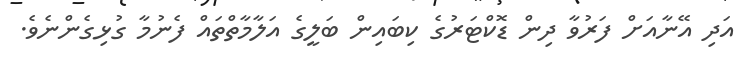
އަދި އޭނާއަށް ފަރުވާ ދިން ޑޮކްޓަރުގެ ކިބައިން ބަލީގެ އަލާމާތްތައް ފެނުމާ ގުޅިގެންނެވެ.